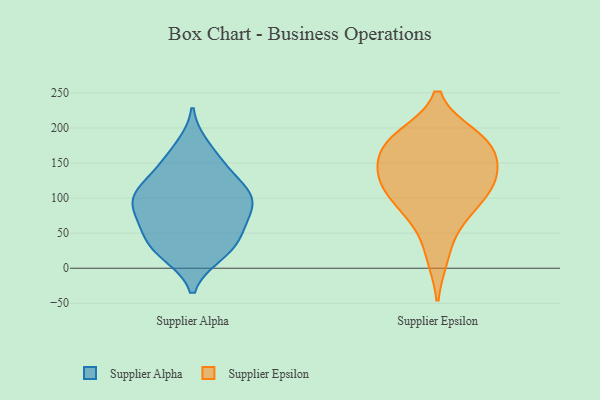
{"axis": {"x": "Market Share (%)", "y": "Value"}, "legend": ["Supplier Alpha", "Supplier Epsilon"], "data": [{"x": "", "y": 83, "type": "Supplier Alpha"}, {"x": "", "y": 102, "type": "Supplier Alpha"}, {"x": "", "y": 52, "type": "Supplier Alpha"}, {"x": "", "y": 173, "type": "Supplier Alpha"}, {"x": "", "y": 140, "type": "Supplier Alpha"}, {"x": "", "y": 24, "type": "Supplier Alpha"}, {"x": "", "y": 20, "type": "Supplier Alpha"}, {"x": "", "y": 98, "type": "Supplier Alpha"}, {"x": "", "y": 114, "type": "Supplier Alpha"}, {"x": "", "y": 94, "type": "Supplier Alpha"}, {"x": "", "y": 149, "type": "Supplier Alpha"}, {"x": "", "y": 68, "type": "Supplier Alpha"}, {"x": "", "y": 52, "type": "Supplier Alpha"}, {"x": "", "y": 30, "type": "Supplier Alpha"}, {"x": "", "y": 107, "type": "Supplier Alpha"}, {"x": "", "y": 18, "type": "Supplier Epsilon"}, {"x": "", "y": 184, "type": "Supplier Epsilon"}, {"x": "", "y": 110, "type": "Supplier Epsilon"}, {"x": "", "y": 172, "type": "Supplier Epsilon"}, {"x": "", "y": 75, "type": "Supplier Epsilon"}, {"x": "", "y": 135, "type": "Supplier Epsilon"}, {"x": "", "y": 80, "type": "Supplier Epsilon"}, {"x": "", "y": 181, "type": "Supplier Epsilon"}, {"x": "", "y": 134, "type": "Supplier Epsilon"}, {"x": "", "y": 162, "type": "Supplier Epsilon"}, {"x": "", "y": 114, "type": "Supplier Epsilon"}, {"x": "", "y": 125, "type": "Supplier Epsilon"}, {"x": "", "y": 188, "type": "Supplier Epsilon"}]}